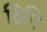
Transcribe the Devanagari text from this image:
ढिपि